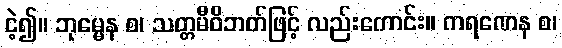
ငဲ့၍။ ဘုမ္မေန စ၊ သတ္တမီဝိဘတ်ဖြင့် လည်းကောင်း။ ကရဏေန စ၊